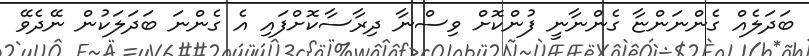
ބަދަލެއް ގެންނަންޏާ ގެންނާނީ ފުންކޮށް ވިސްނާ ދިރާސާކޮށްފައި އެ ގެންނަ ބަދަލަކުން ނޭދެވޭ